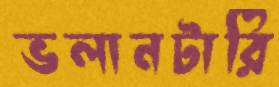
ভলানটারি